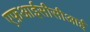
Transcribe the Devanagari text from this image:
एफ़आईसीसीआई